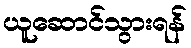
ယူဆောင်သွားရန်